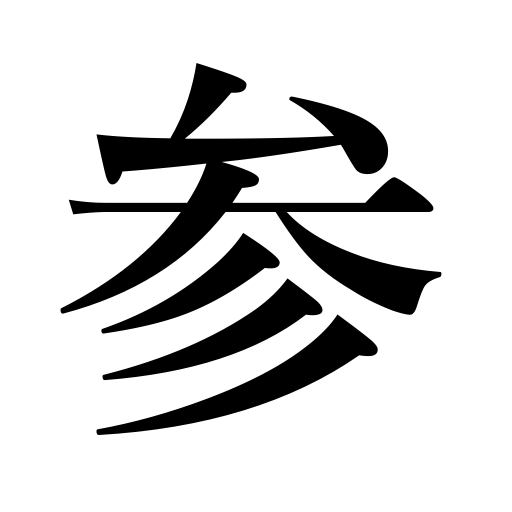
Meanings: coming,come,visit,three,visit a shrine,going,visiting,be madly in love,go,be defeated,be nonplussed,die,call